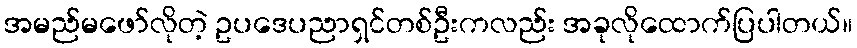
အမည်မဖော်လိုတဲ့ ဥပဒေပညာရှင်တစ်ဦးကလည်း အခုလိုထောက်ပြပါတယ်။